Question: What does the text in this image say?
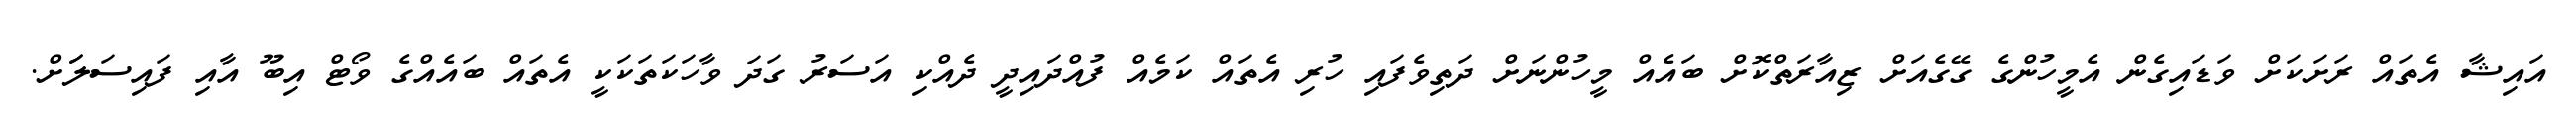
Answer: އައިޝާ އެތައް ރަށަކަށް ވަޑައިގެން އެމީހުންގެ ގޭގެއަށް ޒިއާރަތްކޮށް ބައެއް މީހުންނަށް ދަތިވެފައި ހުރި އެތައް ކަމެއް ފުއްދައިދީ ދެއްކި އަސަރު ގަދަ ވާހަކަތަކަކީ އެތައް ބައެއްގެ ވޯޓް އިބޫ އާއި ފައިސަލަަށް.